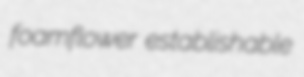
foamflower establishable